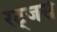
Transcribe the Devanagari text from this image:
रट्जर्स